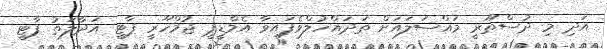
އަދި މި ދުސްތޫރީ މައްސަލައަށް ތަދައްހުލްވެފައިވާ އެމްޑީޕީ ޖުމްހޫރީ ޕާޓީ އަދާލަތު ޕާޓީ